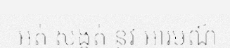
អត់ សង្កត់ នូវ អារម្មណ៍